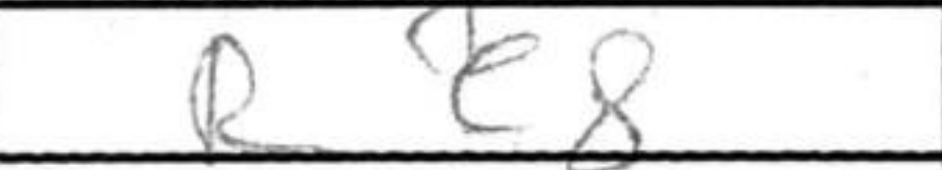
Transcription: Re8